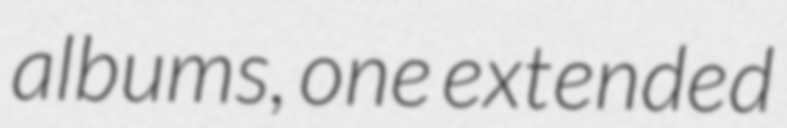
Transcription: albums, one extended